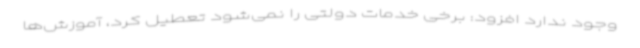
وجود ندارد افزود: برخی خدمات دولتی را نمی‌شود تعطیل کرد، آموزش‌ها